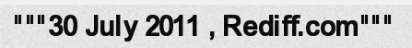
"""30 July 2011 , Rediff.com"""